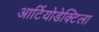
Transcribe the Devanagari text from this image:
आर्टियोडेक्टिला